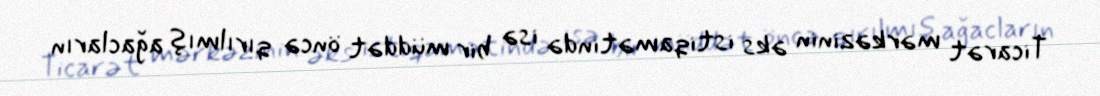
Ticarət mərkəzinin əks istiqamətində isə bir müddət öncə qırılmış ağacların